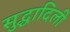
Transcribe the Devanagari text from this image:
सुद्धादिली